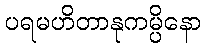
ပရမဟိတာနုကမ္ပိနော